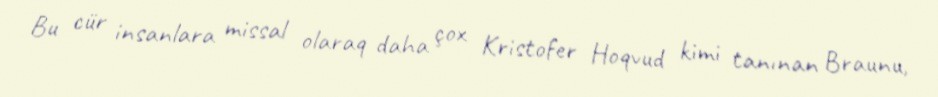
Bu cür insanlara missal olaraq daha çox Kristofer Hoqvud kimi tanınan Braunu,